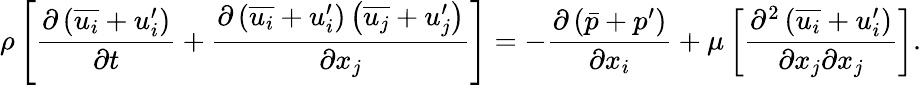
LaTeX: \rho\left[{\frac{\partial\left({\overline{{u_{i}}}}+u_{i}^{\prime}\right)}{\partial t}}+{\frac{\partial\left({\overline{{u_{i}}}}+u_{i}^{\prime}\right)\left({\overline{{u_{j}}}}+u_{j}^{\prime}\right)}{\partial x_{j}}}\right]=-{\frac{\partial\left({\bar{p}}+p^{\prime}\right)}{\partial x_{i}}}+\mu\left[{\frac{\partial^{2}\left({\overline{{u_{i}}}}+u_{i}^{\prime}\right)}{\partial x_{j}\partial x_{j}}}\right].